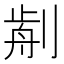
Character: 𠝣